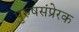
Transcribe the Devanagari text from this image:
पुरुषसंप्रेरक